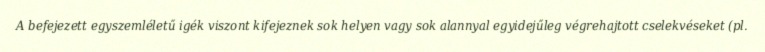
A befejezett egyszemléletű igék viszont kifejeznek sok helyen vagy sok alannyal egyidejűleg végrehajtott cselekvéseket (pl.